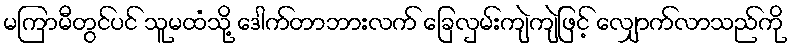
မကြာမီတွင်ပင် သူမထံသို့ ဒေါက်တာဘားလက် ခြေလှမ်းကျဲကျဲဖြင့် လျှောက်လာသည်ကို